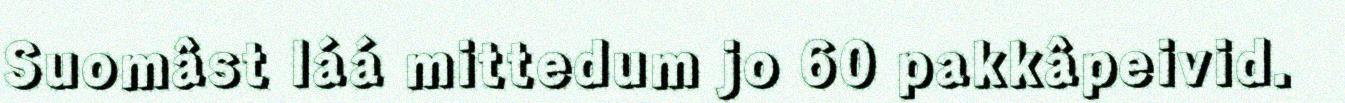
Suomâst láá mittedum jo 60 pakkâpeivid.